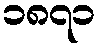
၁၈၇၁